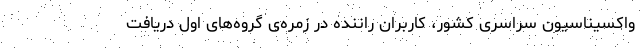
واکسیناسیون سراسری کشور، کاربران راننده در زمره‌ی گروه‌های اول دریافت